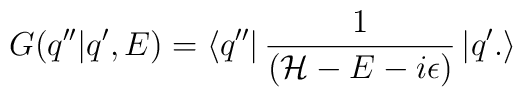
G(q''|q',E)=\left< q''\right| \frac{1}{({\cal {H}}-E-i\epsilon )}\left| q'.\right>